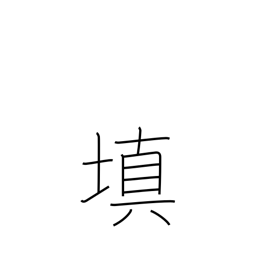
Meaning: fill in